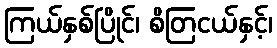
ကြယ်နှစ်ပြိုင်၊ စိတြငယ်နှင့်၊